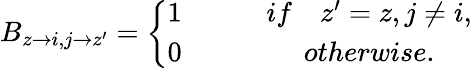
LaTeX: B_{z\rightarrow i,j\rightarrow z^{\prime}}=\left\{ \begin{array}{cc}{1\qquad}&{if\quad z^{\prime}=z,j\neq i,}\\ {0\qquad}&{otherwise.}\end{array}\right.